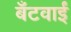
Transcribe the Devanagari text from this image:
बँटवाईं